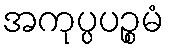
အကုပ္ပပဉ္စမံ